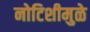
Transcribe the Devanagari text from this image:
नोटिशीमुळे